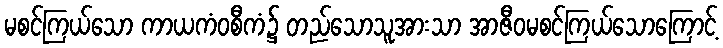
မစင်ကြယ်သော ကာယကံဝစီကံ၌ တည်သောသူအားသာ အာဇီဝမစင်ကြယ်သောကြောင့်